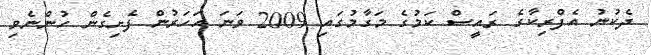
ދެކުނު އެފްރިކާގެ ރައީސް ކަމުގެ މަގާމުގައި 2009 ވަނަ އަހަރުން ފެށިގެން ހުންނެވި